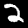
Label: 2